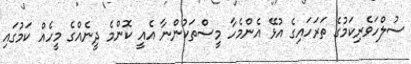
ސުލްހަވެރިކަމުގެ ތަރަހައިގެ އުޅޭ އެންމެހާ މީސްތަކުންނާ އެއީ ކޮންމެ ދީނެއްގެ މީހެއް ކަމުގައި